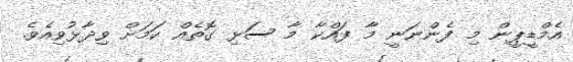
އެމްޑީޕީން މި ފެންނަނީ މާ ފައްކާ މާ ސަޅި ގޮތެއް ކަމަށް ވިދާޅުވިއެވެ.